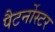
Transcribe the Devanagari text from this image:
पैटर्नोस्टर